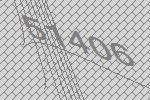
51406